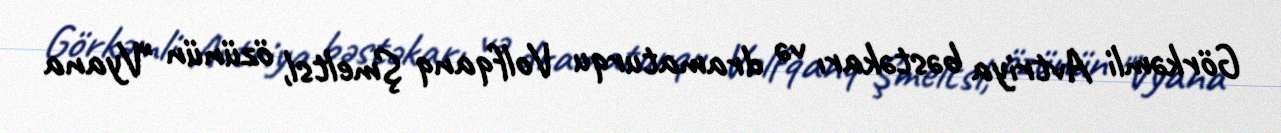
Görkəmli Avtriya bəstəkarı və dramaturqu Volfqanq Şmeltsl, özünün "Vyana